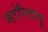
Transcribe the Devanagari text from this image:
नरॉन्टापू